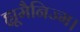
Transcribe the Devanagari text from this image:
ह्यूमैनिज्म।